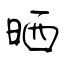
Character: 晒